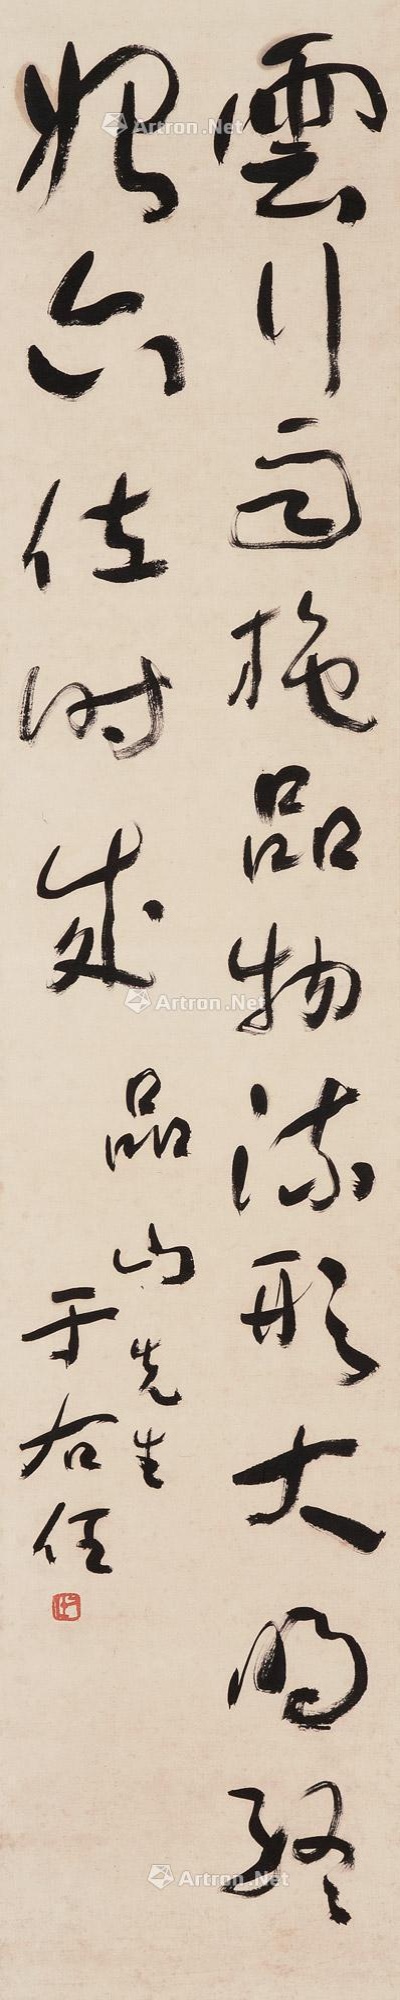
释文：云行雨施，品物流形。大明始终，六位时成。品山先生于右任。